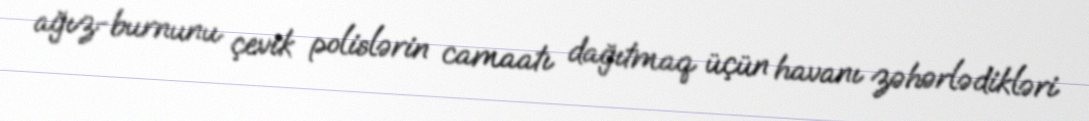
ağız-burnunu çevik polislərin camaatı dağıtmaq üçün havanı zəhərlədikləri